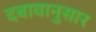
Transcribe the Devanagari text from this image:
दबावानुसार